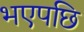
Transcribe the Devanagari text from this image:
भएपछि